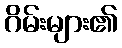
ဂိမ်းများ၏